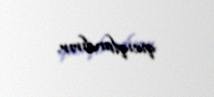
qıcıqlandırır.